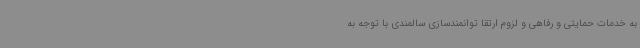
به خدمات حمایتی و رفاهی و لزوم ارتقا توانمندسازی سالمندی با توجه به